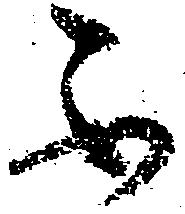
不